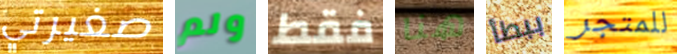
صغيرتي ولم فقط هنا ببطأ للمتجر